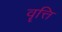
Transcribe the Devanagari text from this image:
वॄत्ति